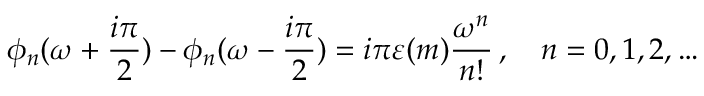
\phi _ { n } ( \omega + \frac { i \pi } { 2 } ) - \phi _ { n } ( \omega - \frac { i \pi } { 2 } ) = i \pi \varepsilon ( m ) \frac { \omega ^ { n } } { n ! } \, , \quad n = 0 , 1 , 2 , \dots